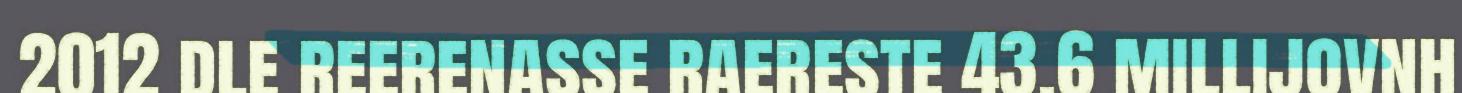
2012 dle reerenasse raereste 43.6 millijovnh